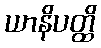
ယာနိပတ္ထိ